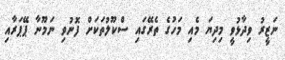
ނަޒީރު ވިދާޅުވީ މިދިޔަ މެއި މަހުގެ ތެރޭގައި ސްކޫލުތަކަށް ފޮނުވި ނަމޫނާ ޕޭޕަރާއި